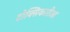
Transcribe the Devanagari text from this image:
टोक्सिकारीआ